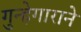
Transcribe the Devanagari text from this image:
गुन्हेगाराने